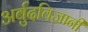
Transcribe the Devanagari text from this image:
अर्बुदविज्ञानी